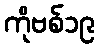
ကိုဗစ်၁၉